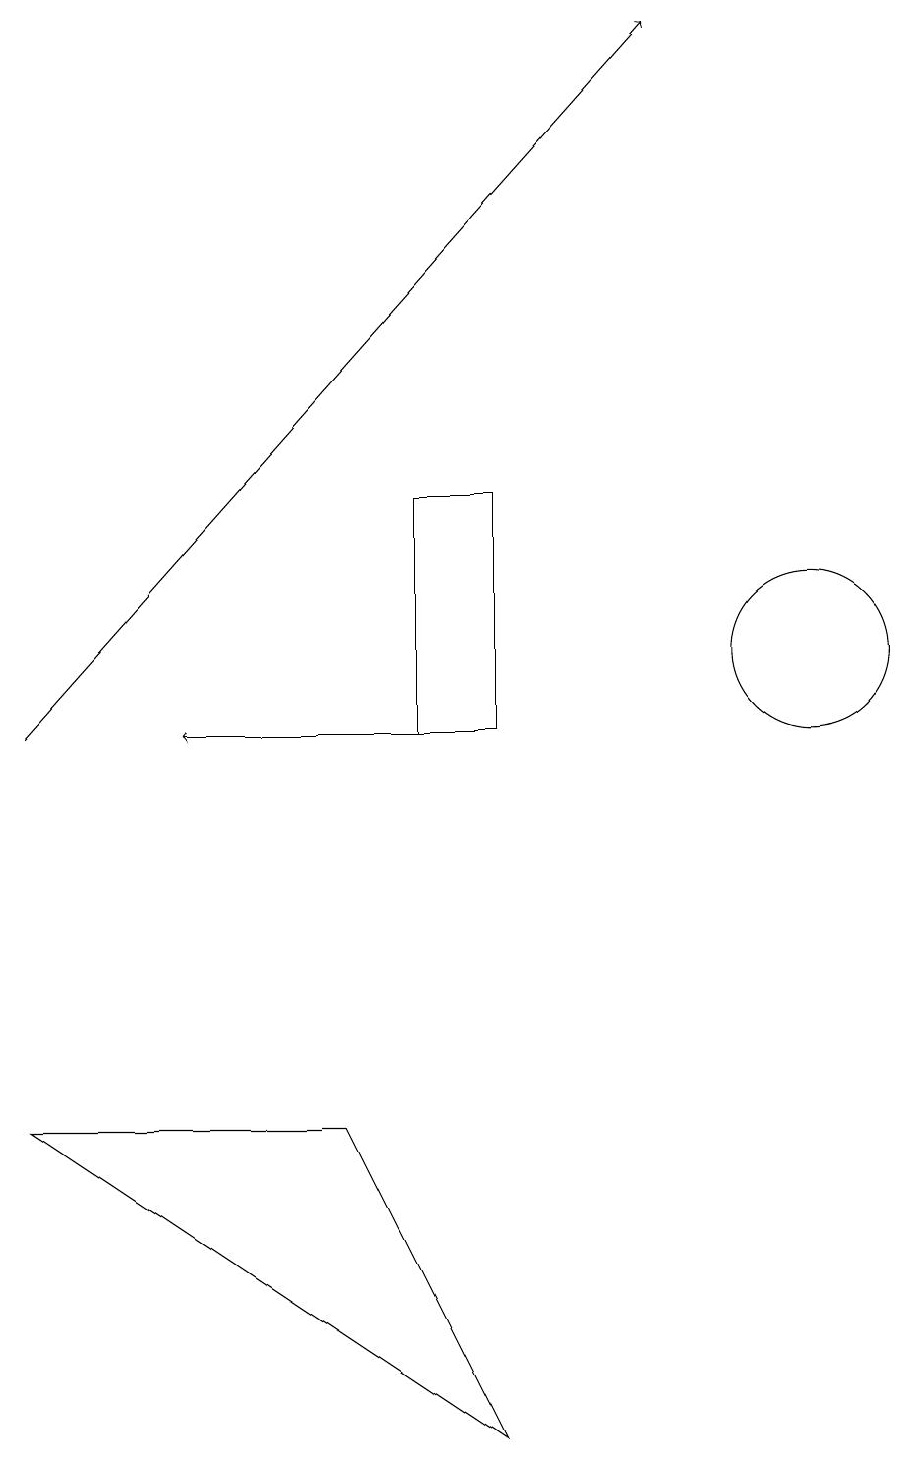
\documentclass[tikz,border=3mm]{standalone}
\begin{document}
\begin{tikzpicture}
\draw[->] (6,10) -- (3,10);
\draw (7,1) -- (1,5) -- (5,5) -- cycle;
\draw (11,11) circle (1);
\draw (6,10) rectangle (7,13);
\draw[->] (1,10) -- (9,19);
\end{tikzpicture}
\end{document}